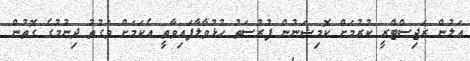
އަލުން ރަޖިސްޓްރީ ކުރުމަށް ކޮމިޝަނުން ފުރުސަތު ހުޅުވާލާފައިވާތީ އެކަމަށް ވަގުތު ދިނުމުގެ ގޮތުން